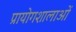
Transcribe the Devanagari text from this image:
प्रायोगशालाओं